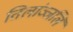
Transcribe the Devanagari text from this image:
तिलांञ्जलि